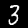
Label: 3